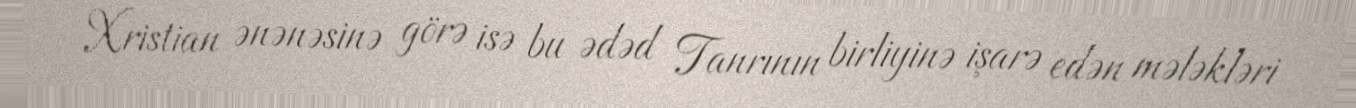
Xristian ənənəsinə görə isə bu ədəd Tanrının birliyinə işarə edən mələkləri